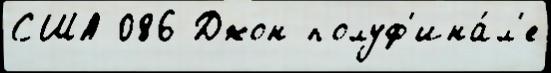
США 086 Джон полуф'ина́л'е